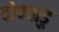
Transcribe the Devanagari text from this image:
दोण्पाडु